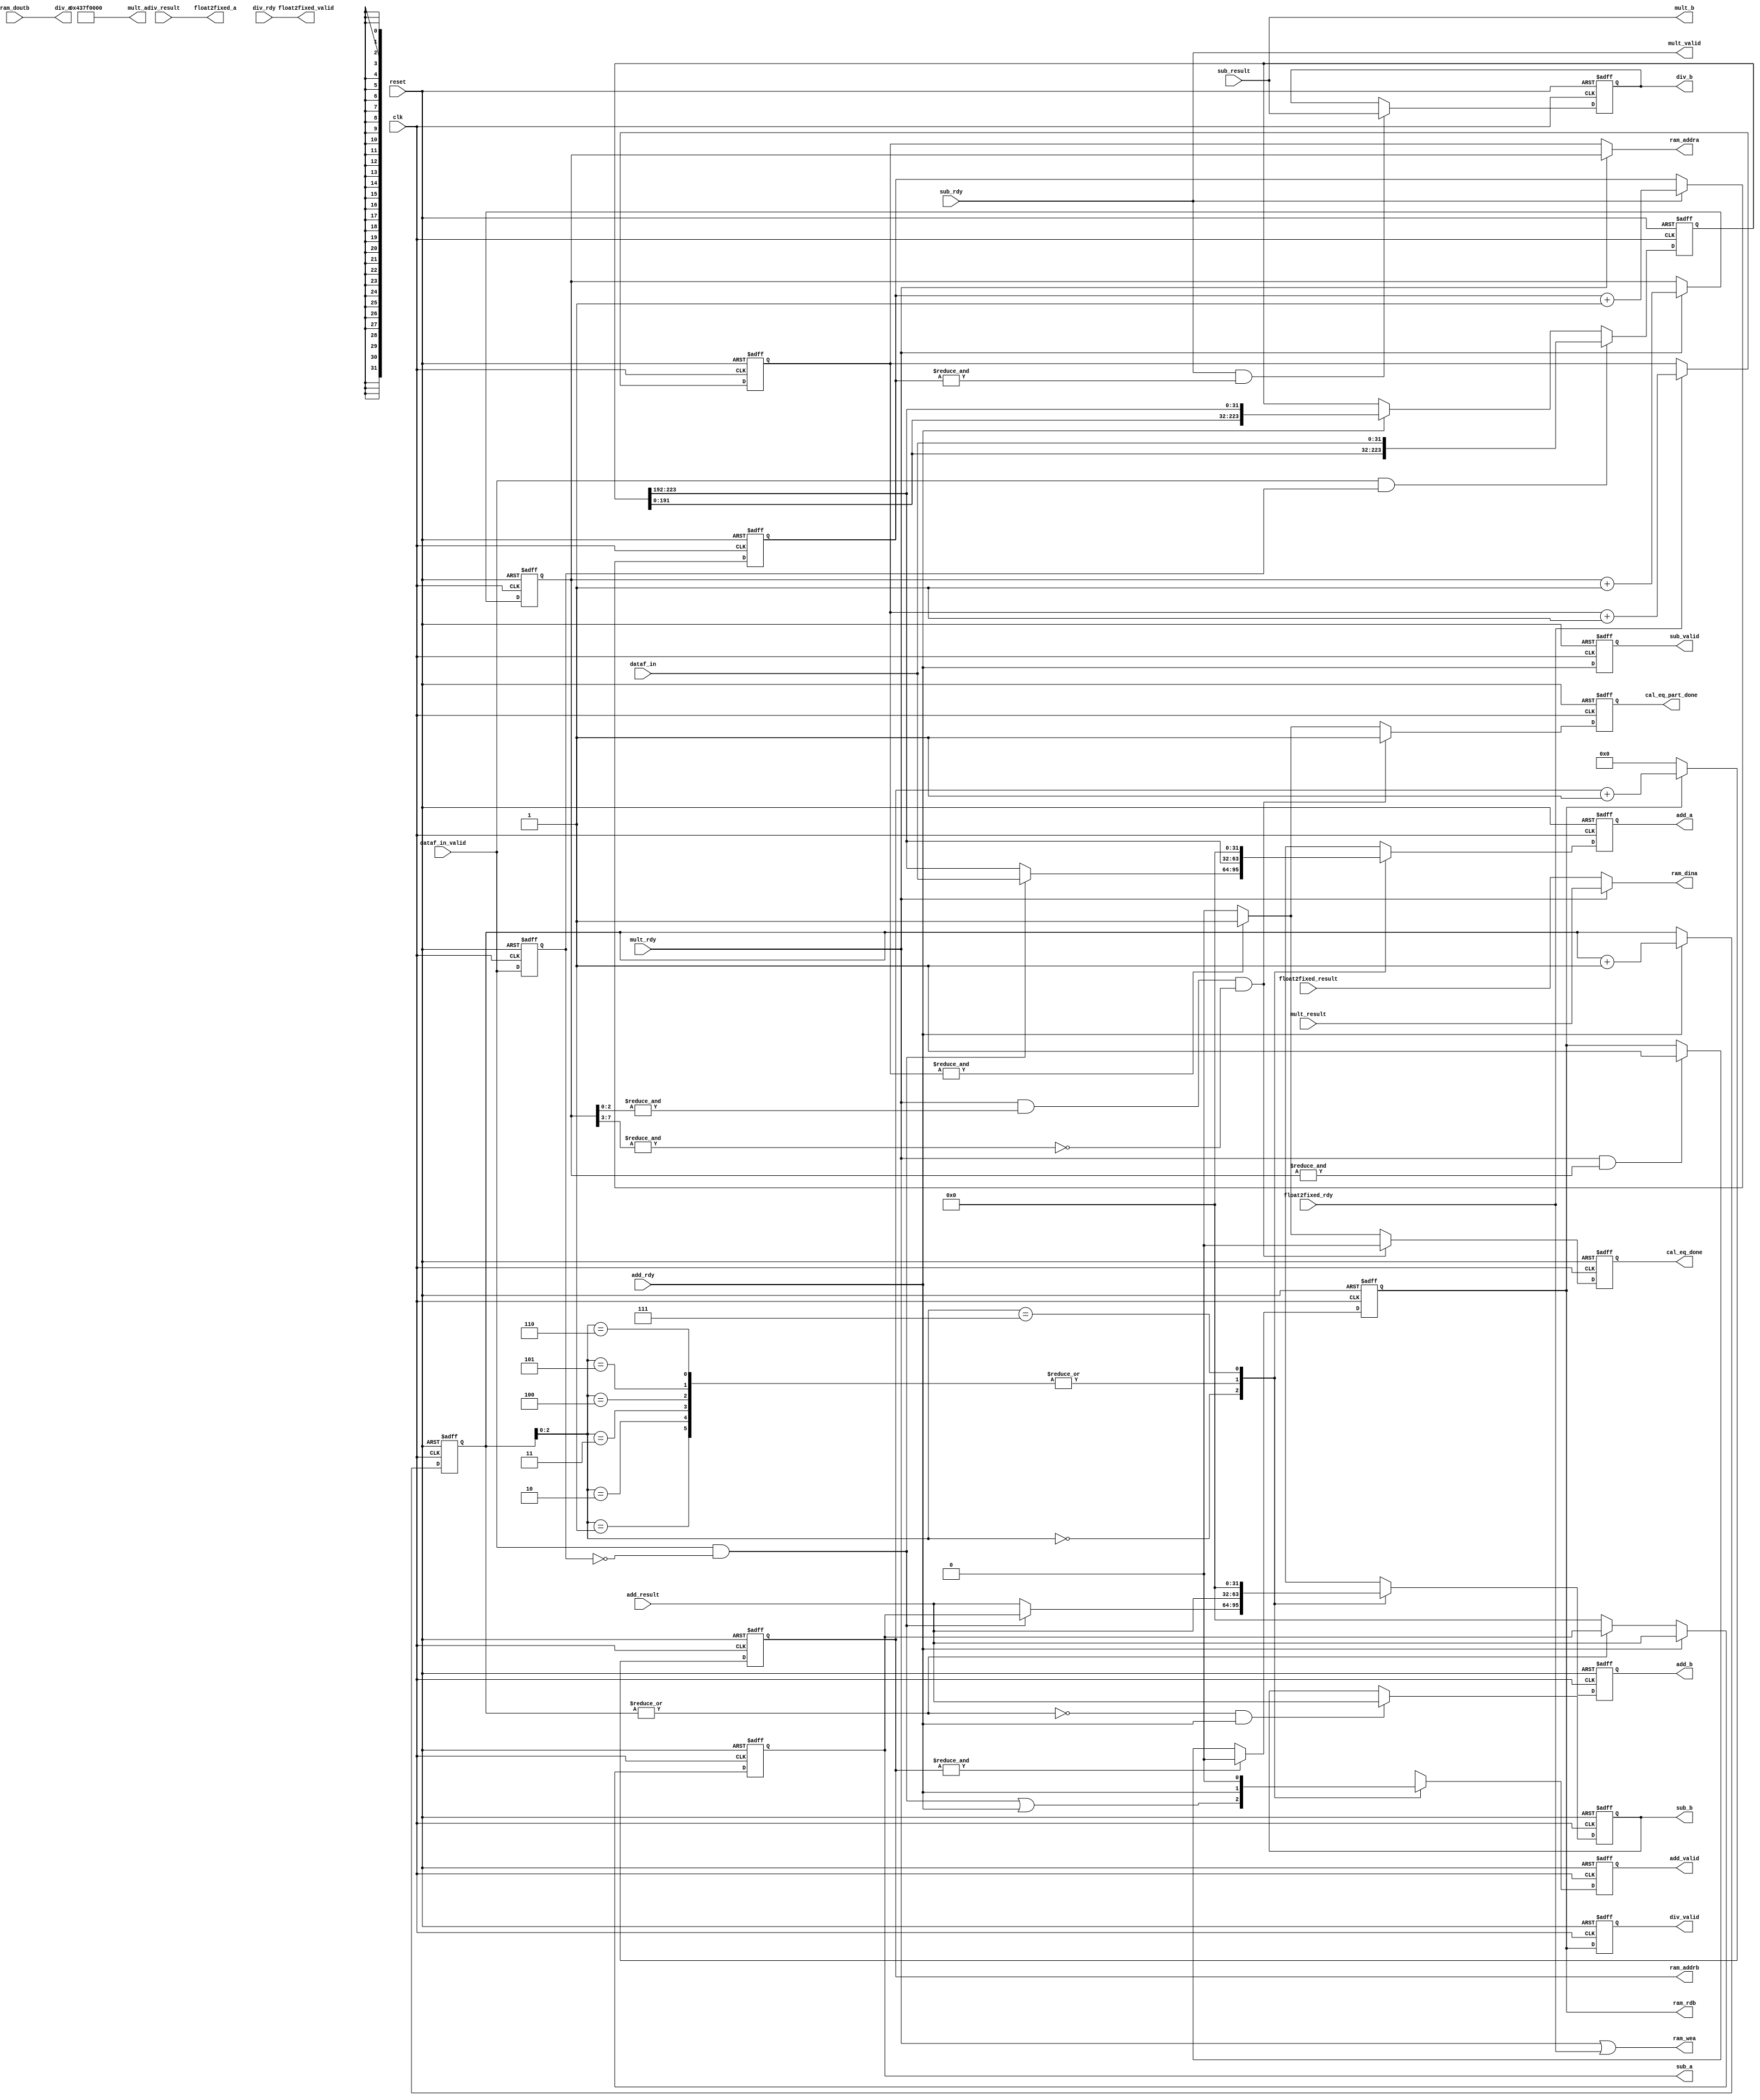

`timescale 1ps / 1ps
//================================================================================ 
//--------------------------------------------------------------------------------
// Project Name   : cumulative_sum
// Target Devices : XC7A200T-1FFG676
// Tool versions  : ISE 14.7 (64-bit)
//--------------------------------------------------------------------------------
// Description    : cumulative_sum,C(0) = M(0), C(i) = C(i-1) + M(i) for i > 0
//                 
//--------------------------------------------------------------------------------
// Revision: 
// Revision 0.01 - File Created
// Additional Comments: 
//================================================================================ 

// =============================================================================
// RTL Header
// =============================================================================

module cumulative_sum
#(
  parameter  C_DATA_WIDTH  = 32,
  parameter  C_VDATA_WIDTH = 8
)
(
  //system signal
  input  wire                    clk  , //
  input  wire                    reset, //
  //data input
  input  wire                    dataf_in_valid,
  input  wire [C_DATA_WIDTH-1:0] dataf_in,
  //data output
  output reg                     cal_eq_done,
  output reg                     cal_eq_part_done,
  //ram
  output wire                    ram_wea,
  output wire [C_VDATA_WIDTH-1:0]ram_addra,
  output wire [C_DATA_WIDTH-1:0] ram_dina,
  output wire                    ram_rdb,
  output wire [C_VDATA_WIDTH-1:0]ram_addrb,
	input  wire [C_DATA_WIDTH-1:0] ram_doutb,
  //add
  output reg  [C_DATA_WIDTH-1:0] add_a      ,
  output reg  [C_DATA_WIDTH-1:0] add_b      ,
	output reg                     add_valid  ,
	input  wire [C_DATA_WIDTH-1:0] add_result ,
	input  wire                    add_rdy    ,
	//sub                                     
  output wire [C_DATA_WIDTH-1:0] sub_a      ,
  output wire [C_DATA_WIDTH-1:0] sub_b      ,
	output wire                    sub_valid  ,
	input  wire [C_DATA_WIDTH-1:0] sub_result ,
	input  wire                    sub_rdy    ,
	//mult                          
  output wire [C_DATA_WIDTH-1:0] mult_a     ,
  output wire [C_DATA_WIDTH-1:0] mult_b     ,
	output wire                    mult_valid ,
	input  wire [C_DATA_WIDTH-1:0] mult_result,
	input  wire                    mult_rdy   ,
	//div                          
  output wire [C_DATA_WIDTH-1:0] div_a     ,
  output wire [C_DATA_WIDTH-1:0] div_b     ,
	output wire                    div_valid ,
	input  wire [C_DATA_WIDTH-1:0] div_result,
	input  wire                    div_rdy   ,
	//float2fixed
  output wire [C_DATA_WIDTH-1:0] float2fixed_a     ,
	output wire                    float2fixed_valid ,
	input  wire [C_DATA_WIDTH-1:0] float2fixed_result,
	input  wire                    float2fixed_rdy   
);


	// =============================================================================
	// Internal signal
	// =============================================================================
	//
	reg  [C_DATA_WIDTH*7-1:0] dataf_in_r;
	reg                       dataf_in_valid_d1;
	wire                      dataf_in_valid_ps;
	reg  [C_VDATA_WIDTH-1:0]  cnt_data;
	
	reg                       c0_valid; 
  reg  [C_DATA_WIDTH-1:0]   c0_data ;
	reg                       c_valid;
  reg  [C_DATA_WIDTH-1:0]   c_data ;
  reg                       cn_0_valid; 
  reg  [C_DATA_WIDTH-1:0]   cn_0_data ;
  
  reg  [C_VDATA_WIDTH-1:0]  sub_cnt;
  reg  [C_VDATA_WIDTH-1:0]  mult_cnt;
  
  reg                       div_in_flag;
  reg                       div_in_flag_d;
  reg  [C_VDATA_WIDTH-1:0]  div_in_cnt;
  reg  [C_VDATA_WIDTH-1:0]  div_out_cnt;
  
  reg  [C_VDATA_WIDTH-1:0]  float2fixed_cnt;
  
	// =============================================================================
	// RTL Body
	// =============================================================================
	//---------------------------------------------------------------------------------
	always@(posedge clk or posedge reset)
	begin
		if(reset)	
		begin
			dataf_in_valid_d1 <= 1'b0;
		end
		else
		begin
			dataf_in_valid_d1 <= dataf_in_valid;
		end
	end
	
	assign dataf_in_valid_ps = dataf_in_valid & ~dataf_in_valid_d1;
	
	always@(posedge clk or posedge reset)
	begin
		if(reset)	
		begin
			dataf_in_r <= 1'b0;
		end
		else if(dataf_in_valid & dataf_in_valid_d1)
		begin
			dataf_in_r <= {dataf_in_r[C_DATA_WIDTH*6-1:0],dataf_in};
		end
		else if(add_rdy)
		begin
			dataf_in_r <= {dataf_in_r[C_DATA_WIDTH*6-1:0],dataf_in_r[C_DATA_WIDTH*7-1:C_DATA_WIDTH*6]};
		end
	end
	
	always@(posedge clk or posedge reset)
	begin
		if(reset)	
		begin
			cnt_data <= 0;
		end
		else if(add_rdy)
		begin
			cnt_data <= cnt_data + 1'b1;
		end
	end
	
	always@(posedge clk or posedge reset)
	begin
		if(reset)
		begin
			add_a     <= 0;
			add_b     <= 0;
			add_valid <= 0;
		end
		else
		begin
			case(cnt_data[2:0])
				3'd0:
				begin
					add_valid <= dataf_in_valid_ps | add_rdy;
					if(dataf_in_valid_ps)
					begin
						add_a     <= dataf_in;
						add_b     <= c_data;
					end
					else
					begin
						add_a     <= dataf_in_r[C_DATA_WIDTH*7-1:C_DATA_WIDTH*6];
						add_b     <= add_result;
					end					
				end
				
				3'd1:
				begin
					add_a     <= dataf_in_r[C_DATA_WIDTH*7-1:C_DATA_WIDTH*6];
					add_b     <= add_result;
					add_valid <= add_rdy;
				end
				
				3'd2:
				begin
					add_a     <= dataf_in_r[C_DATA_WIDTH*7-1:C_DATA_WIDTH*6];
					add_b     <= add_result;
					add_valid <= add_rdy;
				end
				
				3'd3:
				begin
					add_a     <= dataf_in_r[C_DATA_WIDTH*7-1:C_DATA_WIDTH*6];
					add_b     <= add_result;
					add_valid <= add_rdy;
				end
				
				3'd4:
				begin
					add_a     <= dataf_in_r[C_DATA_WIDTH*7-1:C_DATA_WIDTH*6];
					add_b     <= add_result;
					add_valid <= add_rdy;
				end
				
				3'd5:
				begin
					add_a     <= dataf_in_r[C_DATA_WIDTH*7-1:C_DATA_WIDTH*6];
					add_b     <= add_result;
					add_valid <= add_rdy;
				end
				
				3'd6:
				begin
					add_a     <= dataf_in_r[C_DATA_WIDTH*7-1:C_DATA_WIDTH*6];
					add_b     <= add_result;
					add_valid <= add_rdy;
				end
				
				3'd7:
				begin
					add_a     <= 0;
					add_b     <= 0;
					add_valid <= 1'b0;
				end
			endcase			
		end
	end
	
	always@(posedge clk or posedge reset)
	begin
		if(reset)
		begin
			c0_valid <= 1'b0;
			c0_data   <= 0;
		end
		else if(~(|cnt_data) & add_rdy)
		begin
			c0_valid <= 1'b1;
			c0_data   <= add_result;
		end
		else
		begin
			c0_valid <= 1'b0;
		end		
	end
	
	always@(posedge clk or posedge reset)
	begin
		if(reset)
		begin
			c_data <= 0;
		end
		else if(add_rdy)
		begin
			c_data <= add_result;
		end
		else if(~(|cnt_data))
		begin
			c_data <= 0;	
		end		
	end
	
	always@(posedge clk or posedge reset)
	begin
		if(reset)	
		begin
			c_valid <= 0;
		end
		else
		begin
			c_valid <= add_rdy;
		end
	end
	
	assign sub_a     = c_data;
	assign sub_b     = c0_data;
	assign sub_valid = c_valid;
	
	always@(posedge clk or posedge reset)
	begin
		if(reset)	
		begin
			sub_cnt <= 0;
		end
		else if(sub_rdy)
		begin
			sub_cnt <= sub_cnt + 1'b1;
		end
	end
	
	always@(posedge clk or posedge reset)
	begin
		if(reset)
		begin
			cn_0_data   <= 0;
			cn_0_valid <= 1'b0;
		end
		else if(sub_rdy & (&sub_cnt))
		begin
			cn_0_data   <= sub_result;
			cn_0_valid <= 1'b1;
		end
		else
		begin
			cn_0_valid <= 1'b0;
		end		
	end
	
	assign mult_a     = 32'h437f0000;//255
	assign mult_b     = sub_result;
	assign mult_valid = sub_rdy;
	
	always@(posedge clk or posedge reset)
	begin
		if(reset)	
		begin
			mult_cnt <= 0;
		end
		else if(mult_rdy)
		begin
			mult_cnt <= mult_cnt + 1'b1;
		end
	end
	
	always@(posedge clk or posedge reset)
	begin
		if(reset)	
		begin
			div_in_flag <= 1'b0;
		end
		else if(&div_in_cnt)
		begin
			div_in_flag <= 1'b0;
		end
		else if(mult_rdy & &mult_cnt)
		begin
			div_in_flag <= 1'b1;
		end
	end
	
	always@(posedge clk or posedge reset)
	begin
		if(reset)	
		begin
			div_in_flag_d <= 1'b0;
		end
		else
		begin
			div_in_flag_d <= div_in_flag;
		end
	end
	
	always@(posedge clk or posedge reset)
	begin
		if(reset)	
		begin
			div_in_cnt <= 0;
		end
		else if(div_in_flag)
		begin
			div_in_cnt <= div_in_cnt + 1'b1;
		end
		else
		begin
			div_in_cnt <= 0;
		end
	end
	
	assign div_a     = ram_doutb;
	assign div_b     = cn_0_data;
	assign div_valid = div_in_flag_d;
	
	assign float2fixed_a     = div_result;
	assign float2fixed_valid = div_rdy;
	
	always@(posedge clk or posedge reset)
	begin
		if(reset)	
		begin
			float2fixed_cnt <= 0;
		end
		else if(float2fixed_rdy)
		begin
			float2fixed_cnt <= float2fixed_cnt + 1'b1;
		end
	end
	
	assign ram_wea   = mult_rdy | float2fixed_rdy;
	assign ram_dina  = (mult_rdy) ? mult_result : float2fixed_result;
	assign ram_addra = (mult_rdy) ? mult_cnt : float2fixed_cnt;
	assign ram_addrb = div_in_cnt;
	assign ram_rdb   = div_in_flag;
	
	always@(posedge clk or posedge reset)
	begin
		if(reset)	
		begin
			cal_eq_part_done <= 1'b0;
			cal_eq_done      <= 1'b0;
		end
		else if(mult_rdy & (&mult_cnt[2:0]) & ~(&mult_cnt[C_VDATA_WIDTH-1:3]))
		begin
			cal_eq_part_done <= 1'b1;
			cal_eq_done      <= 1'b0;
		end
		else if(&float2fixed_cnt)
		begin
			cal_eq_part_done <= 1'b1;
			cal_eq_done      <= 1'b1;
		end
		else
		begin
			cal_eq_part_done <= 1'b0;
			cal_eq_done      <= 1'b0;
		end
	end
	
endmodule